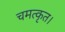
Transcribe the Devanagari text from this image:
चमत्कृत।